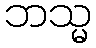
ဘသ္မ